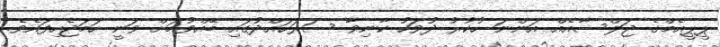
ޕީޕީއެމްގެ ޖަލްސާއެއް އަންނަ ހުކުރު ދުވަހު ކާނިވާ ސަރަހައްދުގައި ބޭއްވުމަށް ވަނީ ހަމަޖެހިފައެވެ.